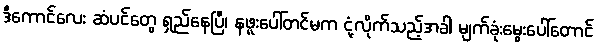
ဒီကောင်လေး ဆံပင်တွေ ရှည်နေပြီ၊ နဖူးပေါ်တင်မက ငုံ့လိုက်သည့်အခါ မျက်ခုံးမွေးပေါ်တောင်